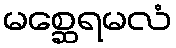
မစ္ဆေရမလံ